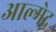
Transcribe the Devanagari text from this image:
आल्मेद